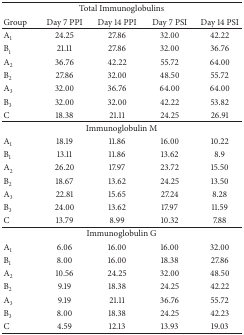
<table><thead><tr><td colspan="5"><b>Total Immunoglobulins</b></td></tr><tr><td><b>Group</b></td><td><b>Day 7 PPI</b></td><td><b>Day 14 PPI</b></td><td><b>Day 7 PSI</b></td><td><b>Day 14 PSI</b></td></tr></thead><tbody><tr><td>A<sub>1</sub></td><td>24.25</td><td>27.86</td><td>32.00</td><td>42.22</td></tr><tr><td>B<sub>1</sub></td><td>21.11</td><td>27.86</td><td>32.00</td><td>36.76</td></tr><tr><td>A<sub>2</sub></td><td>36.76</td><td>42.22</td><td>55.72</td><td>64.00</td></tr><tr><td>B<sub>2</sub></td><td>27.86</td><td>32.00</td><td>48.50</td><td>55.72</td></tr><tr><td>A<sub>3</sub></td><td>32.00</td><td>36.76</td><td>64.00</td><td>64.00</td></tr><tr><td>B<sub>3</sub></td><td>32.00</td><td>32.00</td><td>42.22</td><td>53.82</td></tr><tr><td>C</td><td>18.38</td><td>21.11</td><td>24.25</td><td>26.91</td></tr><tr><td colspan="5">Immunoglobulin M</td></tr><tr><td>A<sub>1</sub></td><td>18.19</td><td>11.86</td><td>16.00</td><td>10.22</td></tr><tr><td>B<sub>1</sub></td><td>13.11</td><td>11.86</td><td>13.62</td><td>8.9</td></tr><tr><td>A<sub>2</sub></td><td>26.20</td><td>17.97</td><td>23.72</td><td>15.50</td></tr><tr><td>B<sub>2</sub></td><td>18.67</td><td>13.62</td><td>24.25</td><td>13.50</td></tr><tr><td>A<sub>3</sub></td><td>22.81</td><td>15.65</td><td>27.24</td><td>8.28</td></tr><tr><td>B<sub>3</sub></td><td>24.00</td><td>13.62</td><td>17.97</td><td>11.59</td></tr><tr><td>C</td><td>13.79</td><td>8.99</td><td>10.32</td><td>7.88</td></tr><tr><td colspan="5">Immunoglobulin G</td></tr><tr><td>A<sub>1</sub></td><td>6.06</td><td>16.00</td><td>16.00</td><td>32.00</td></tr><tr><td>B<sub>1</sub></td><td>8.00</td><td>16.00</td><td>18.38</td><td>27.86</td></tr><tr><td>A<sub>2</sub></td><td>10.56</td><td>24.25</td><td>32.00</td><td>48.50</td></tr><tr><td>B<sub>2</sub></td><td>9.19</td><td>18.38</td><td>24.25</td><td>42.22</td></tr><tr><td>A<sub>3</sub></td><td>9.19</td><td>21.11</td><td>36.76</td><td>55.72</td></tr><tr><td>B<sub>3</sub></td><td>8.00</td><td>18.38</td><td>24.25</td><td>42.23</td></tr><tr><td>C</td><td>4.59</td><td>12.13</td><td>13.93</td><td>19.03</td></tr></tbody></table>